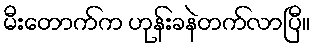
မီးတောက်က ဟုန်းခနဲတက်လာပြီ။